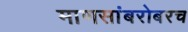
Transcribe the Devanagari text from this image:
माणसांबरोबरच